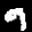
Label: 9